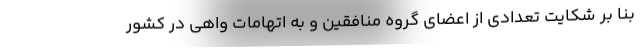
بنا بر شکایت تعدادی از اعضای گروه منافقین و به اتهامات واهی در کشور